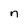
Character: n